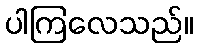
ပါကြလေသည်။